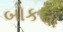
બોકલા